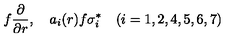
f { \frac { \partial } { \partial r } } , \quad a _ { i } ( r ) f \sigma _ { i } ^ { * } \quad ( i = 1 , 2 , 4 , 5 , 6 , 7 )